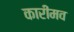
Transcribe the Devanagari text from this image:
कारीमव